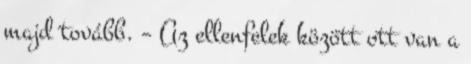
majd tovább. – Az ellenfelek között ott van a